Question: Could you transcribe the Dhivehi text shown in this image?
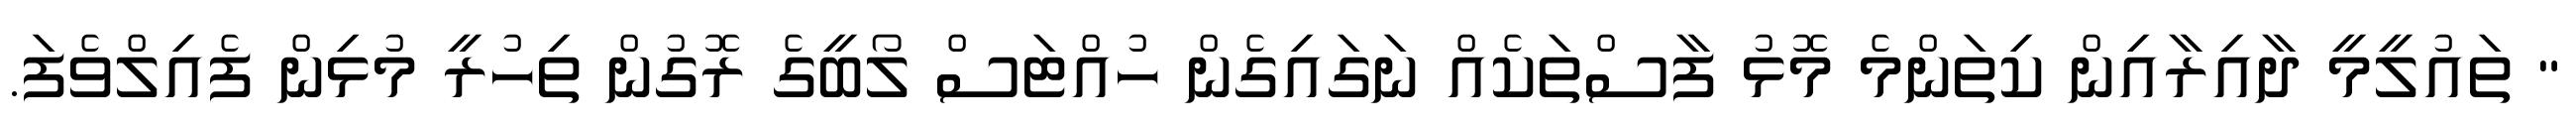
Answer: " ތައުލީމީ ދާއިރާއިން ކިތަންމެ މޮޅު ފާސްތަކެއް ނަގައިގެން ހުއްޓަސް ލޯބީގެ ރޮގުން ތިހުރީ މުޅިން ފެއިލްވެފަ.